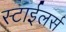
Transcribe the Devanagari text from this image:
स्टाईलर्स